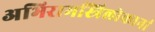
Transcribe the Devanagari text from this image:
अभिरामस्त्रिलोकानां